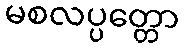
မစလပ္ပတ္တော